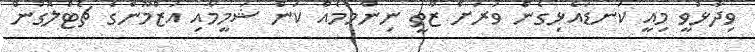
ވިދާޅުވީ މިއީ ކަނޑައެޅިގެން ވަަރަށް ޒާތީ ނިންމުމެއް ކަން ޝަމީމާއި އަޒްމޫންގެ ޗެޓްލޮގުން